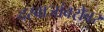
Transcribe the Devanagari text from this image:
दरवाजांबरोबर